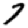
Digit: 7